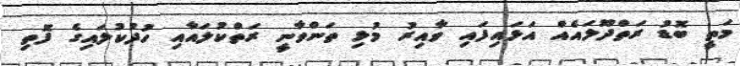
މަތީ ބޮޑު ރަތްދޫލައެއް އަޅައިފައި ވާއިރު މުޅި ތަންވާނީ ރަތްކުލައާއި ހުދުކުލައިގެ ފޮތި